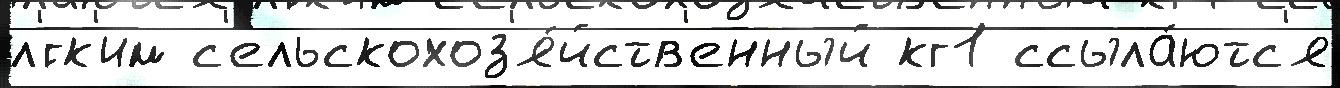
л'́гк'им с'ельскохоз'я́йств'енный кг1 ссыла́ютс'я